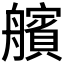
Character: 𮎕